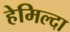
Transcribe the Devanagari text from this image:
हेमिल्दा